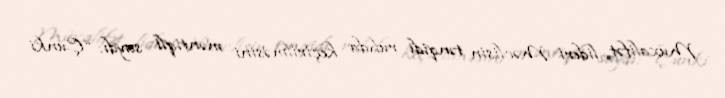
Müxalifət lideri Məclisin tənqidi ruhda keçirilməsini məntiqli saydı: “Çünki